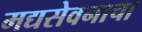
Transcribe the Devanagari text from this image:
मद्यसेवनाचा